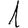
Digit: 1